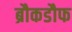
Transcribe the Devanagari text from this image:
ब्रौकडौफ